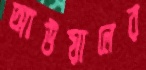
আউয়ালের